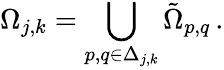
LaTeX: \Omega_{j,k}=\bigcup_{p,q\in\Delta_{j,k}}\tilde{\Omega}_{p,q}\, .